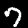
Label: 7